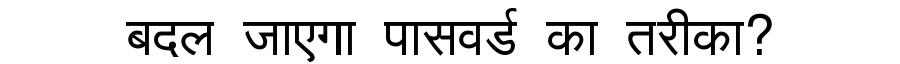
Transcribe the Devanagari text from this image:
बदल जाएगा पासवर्ड का तरीका?